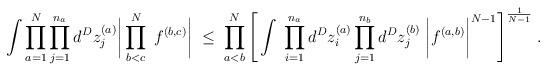
LaTeX: \begin{align*}\int \prod_{a=1}^N \prod_{j=1}^{n_a} d^Dz_j^{(a)}\bigg| \prod_{b<c}^N \; f^{(b,c)} \bigg| \; \leq \;\prod_{a<b}^N \Bigg[ \int \;\prod_{i=1}^{n_a} d^Dz_i^{(a)} \prod_{j=1}^{n_b} d^Dz_j^{(b)} \;\bigg| f^{(a,b)} \bigg|^{N-1} \Bigg]^{\frac{1}{N-1}} \; .\end{align*}